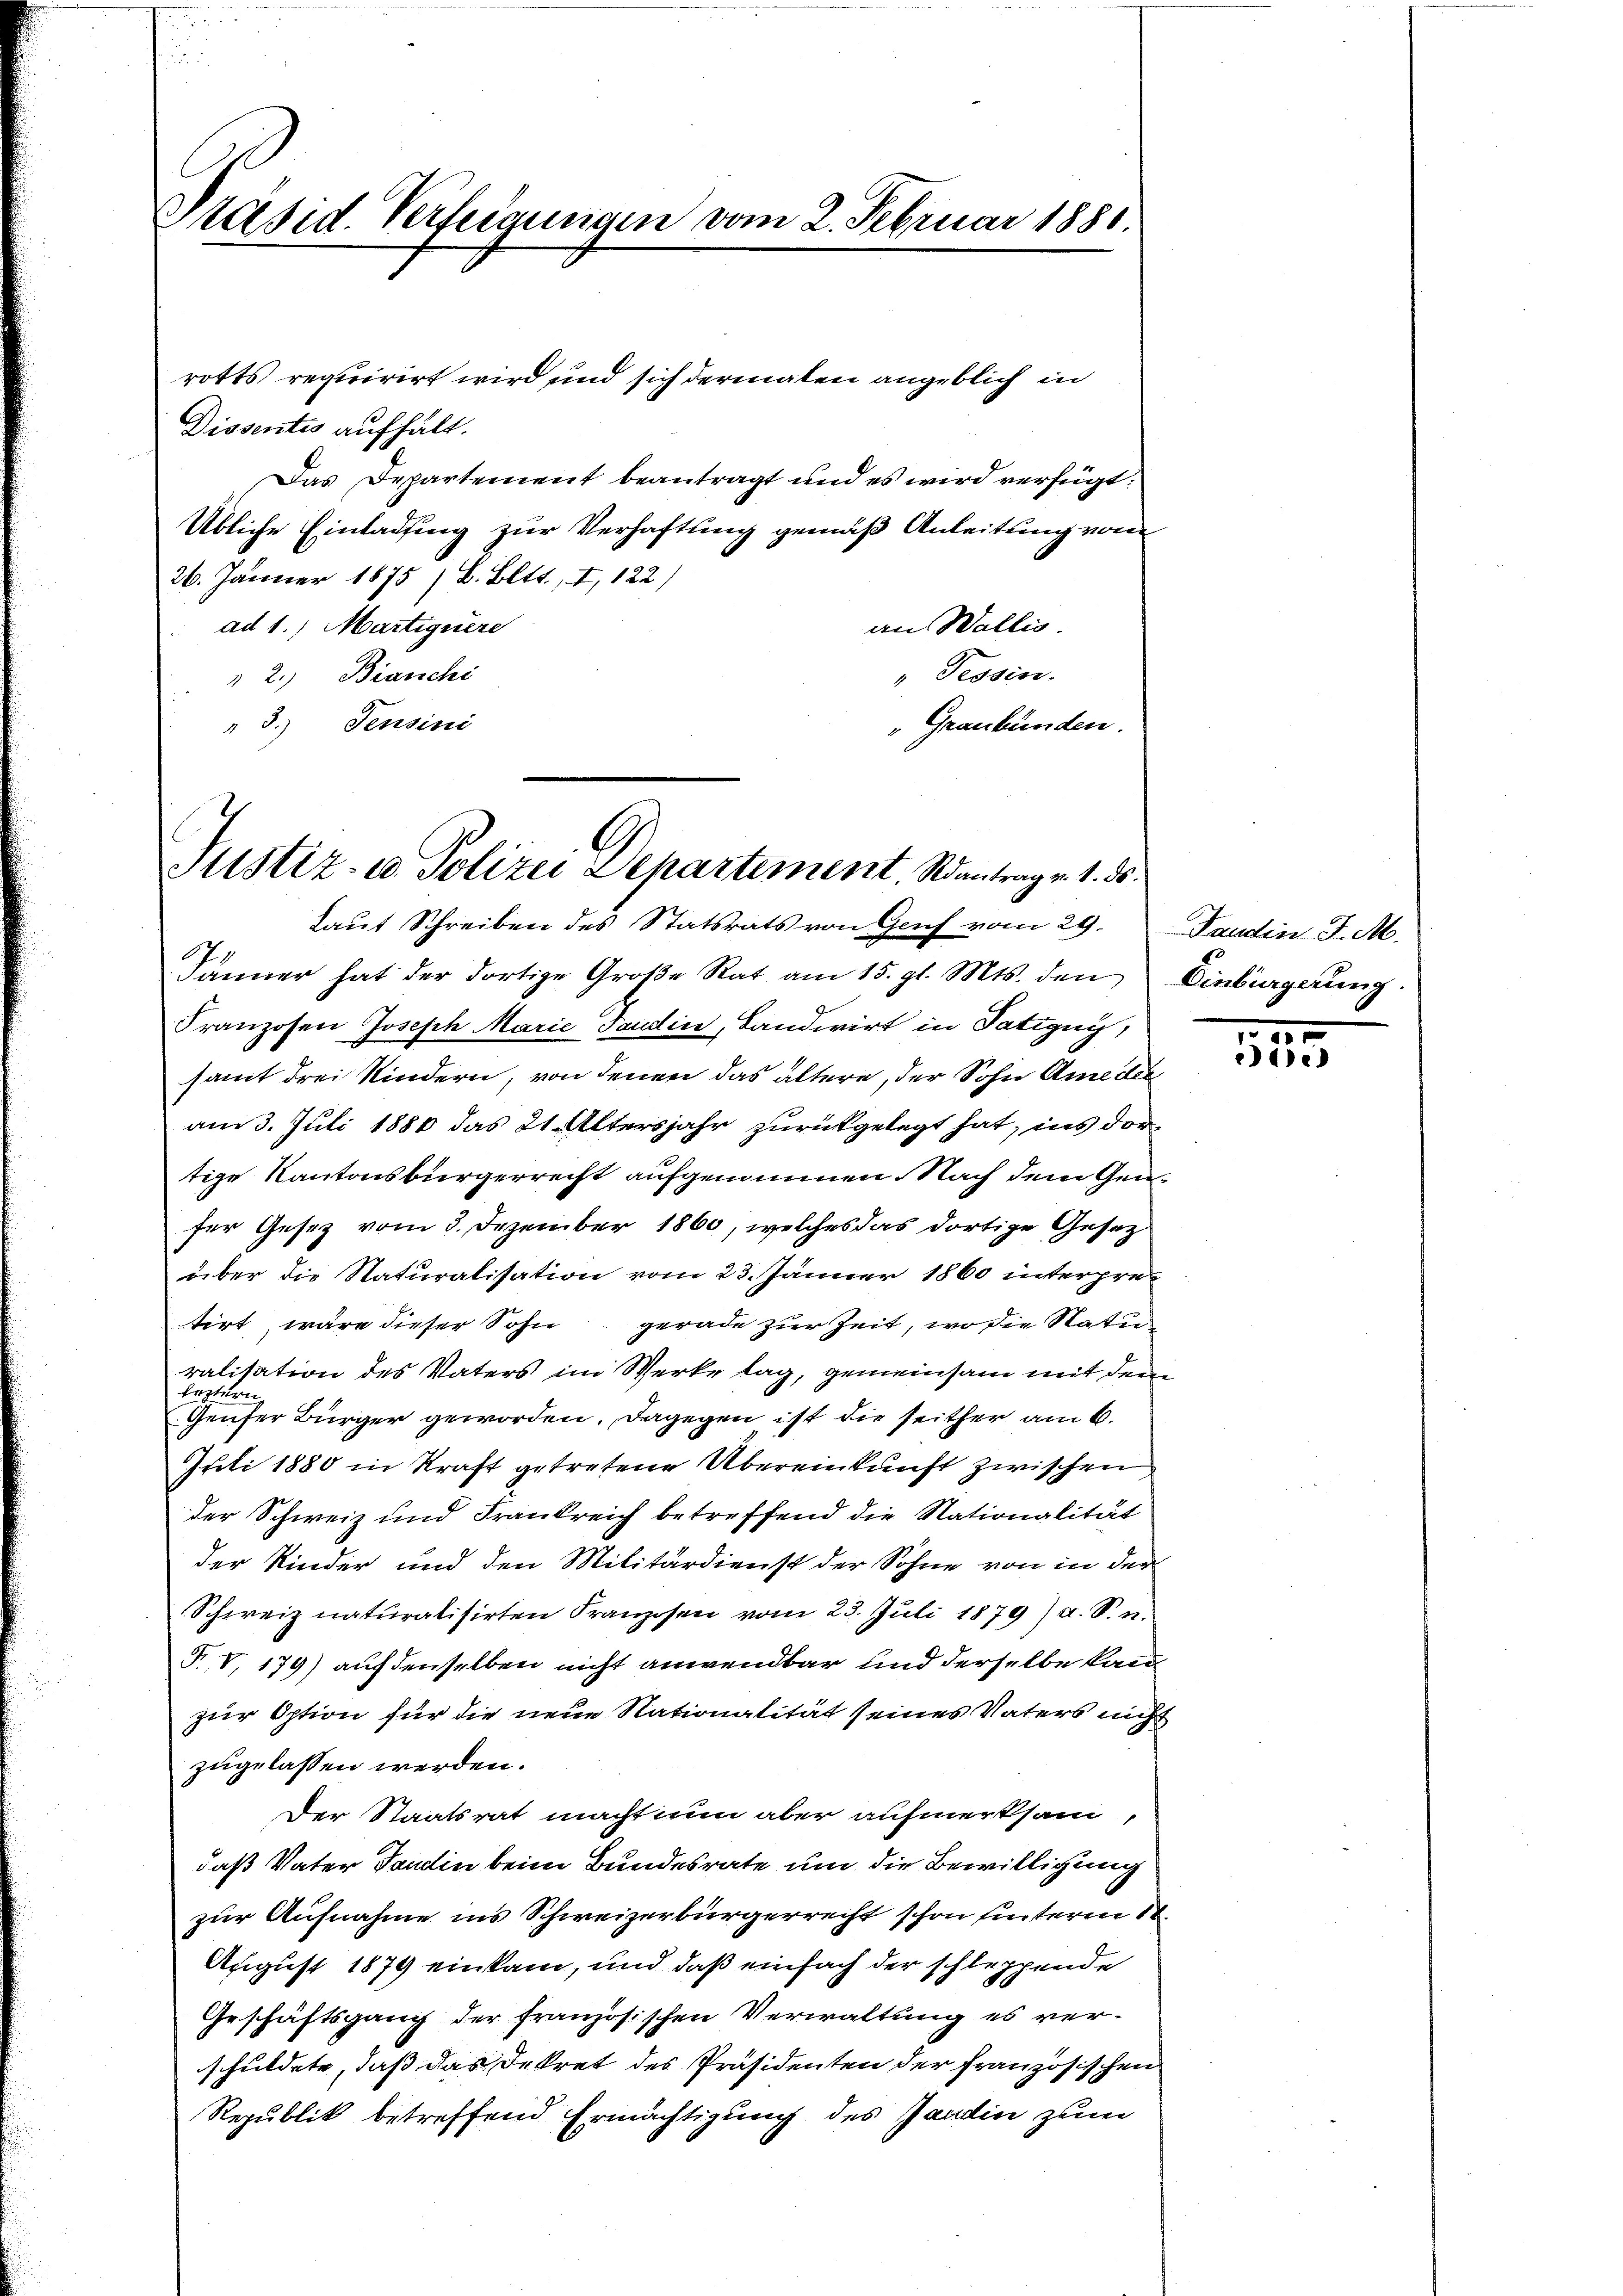
rotts requirirt wird und sich dermalen angeblich in
Dissentis aufhält.
Das Departement beantragt und es wird verfügt:
Übliche Einladung zur Verhaftung gemäß Anleitung von
26. Jänner 1875 / B. Bltt., I, 122)
ad 1. Martiguere
an Wallis.
"Tessin.
 2.) Bianchi
"Graubünden.
" 3.) Pensini

Präsid. Verfügungen vom 2. Februar 1880.

Justiz- u. Polizei Departement. Wantrag v. 1. ds.
laut Schreiben des Statsrats von Genf vom 29. Fandin J. M.

77
Jänner hat der dortige Große Rat am 15. gl. Mts. den Einbingerung
Franzosen Joseph Marie Tandin, Landwirt in Tatigny,
samt drei Kindern, von denen das ältere, der Sohn Ameder
am 3. Juli 1886 das 21. Altersjahr zurückgelegt hat, ins dortige Kantonsbürgerrecht aufgenommen. Nach dem Genser Gesetz vom 3. Dezember 1860, welches das dortige Gesetz
über die Naturalisation vom 23. Jänner 1860 interpretirt, wäre dieser Sohn gerade zur Zeit, wo die Naturalisation des Vaters im Werke lag, gemeinsam mit dem
Beztern
Genfer Bürger geworden. Dagegen ist die seither am 6.
Juli 1880 in Kraft getretene Übereinkunft zwischen
der Schweiz und Frankreich betreffend die Nationalität
der Kinder und den Militärdienst der Sohne von in der
Schweiz naturalisirten Kranzosen vom 23. Juli 1879) u. S. n.
T. V, 179) auf denselben nicht anwendbar und derselbe kann
zur Option für die neue Nationalität seines Vaters nicht
zugelassen werden.
Der Staatsrat macht nun aber aufmerksam,
daß Vater Paulin beim Bundesrate um die Bewilligung
zur Aufnahme ins Schweizerbürgerrecht schon hinterm 11.
August 1879 einkam, und daß einfach der schleppende
Geschäftsgang der französischen Verwaltung es verschuldete, daß das Dekret des Präsidenten der französischen
Republik betreffend Ermächtigung des Jandin zum

10
51